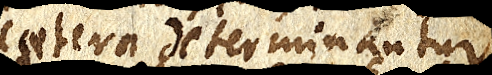
caetera determinantur)